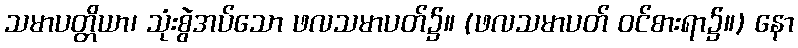
သမာပတ္တိယာ၊ သုံးစွဲအပ်သော ဖလသမာပတ်၌။ (ဖလသမာပတ် ဝင်စားရာ၌။) နော